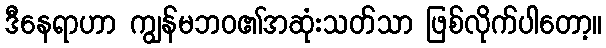
ဒီနေရာဟာ ကျွန်မဘဝ၏အဆုံးသတ်သာ ဖြစ်လိုက်ပါတော့။